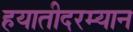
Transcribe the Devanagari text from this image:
हयातीदरम्यान